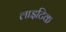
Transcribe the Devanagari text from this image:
लाइटिक